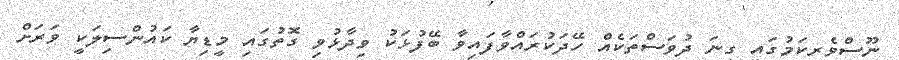
ނޫސްވެރިކަމުގައި ގިނަ ދުވަސްތަކެއް ހޭދަކުރައްވާފައިވާ ބޭފުޅަކު ވިދާޅުވި ގޮތުގައި މީޑިޔާ ކައުންސިލަކީ ވަރަށް